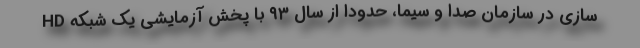
HD سازی در سازمان صدا و سیما، حدوداً از سال ۹۳ با پخش آزمایشی یک شبکه